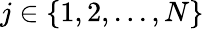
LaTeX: j\in\{ 1,2,...,N\}